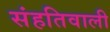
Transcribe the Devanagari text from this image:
संहतिवाली